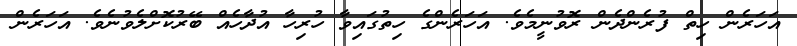
އަހަރެން ހިތް ފުރެންދެން ރޮވުނީމެވެ. އަހަރެންގެ ހިތުގައިވާ ހުރިހާ އުދާހެއް ބޭރުކޮށްލެވުނެވެ. އަހަރެން